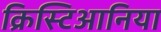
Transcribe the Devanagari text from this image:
क्रिस्टिआनिया